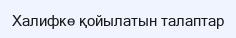
Халифке қойылатын талаптар